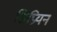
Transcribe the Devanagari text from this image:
सिप्रियन